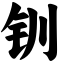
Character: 钏